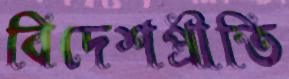
বিদেশপ্রীতি